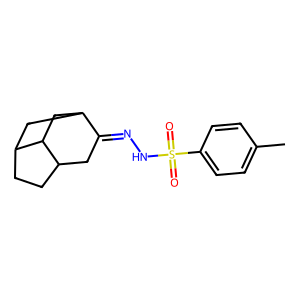
SMILES: Cc1ccc(S(=O)(=O)NN=C2CC3CCC4CC2CC34)cc1
Inhibits HIV replication: No